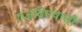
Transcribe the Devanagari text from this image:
रुजविण्याची